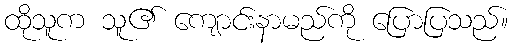
ထိုသူက သူ၏ ကျောင်းနာမည်ကို ပြောပြသည်။